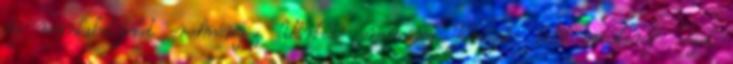
új munkahelyeket eredményez. Várható eredmény Támogat- ható tevékeny- ségek